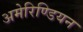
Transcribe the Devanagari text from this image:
अमेरिण्डियन